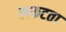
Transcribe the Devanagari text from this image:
लकटता